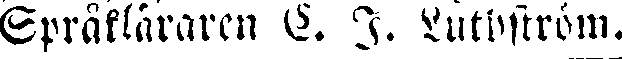
Språkläraren C. J. Luthström.